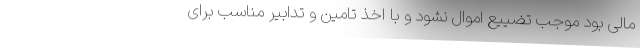
مالی بود موجب تضییع اموال نشود و با اخذ تامین و تدابیر مناسب برای